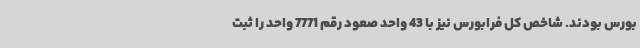
بورس بودند. شاخص کل فرابورس نیز با 43 واحد صعود رقم 7771 واحد را ثبت